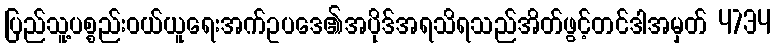
ပြည်သူ့ပစ္စည်းဝယ်ယူရေးအက်ဥပဒေ၏အပိုဒ်အရသိရသည်အိတ်ဖွင့်တင်ဒါအမှတ် 4734